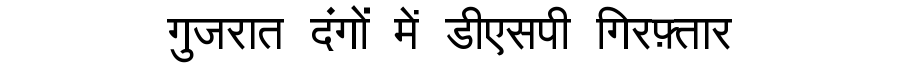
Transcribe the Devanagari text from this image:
गुजरात दंगों में डीएसपी गिरफ़्तार